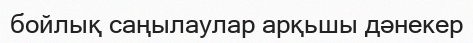
бойлық саңылаулар арқьшы дәнекер